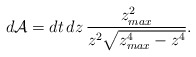
\begin{align*}d{\cal A} = dt \, dz \, \frac{ z_{max}^2 }{z^2 \sqrt{ z_{max}^4 - z^4 } }.\end{align*}